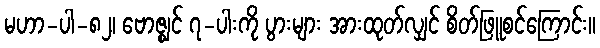
မဟာ-ပါ-၈၂၊ ဗောဇ္ဈင် ၇-ပါးကို ပွားများ အားထုတ်လျှင် စိတ်ဖြူစင်ကြောင်း။